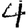
Digit: 4